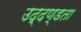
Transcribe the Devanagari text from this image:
उद्दण्डता